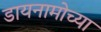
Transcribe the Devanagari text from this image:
डायनामोच्या